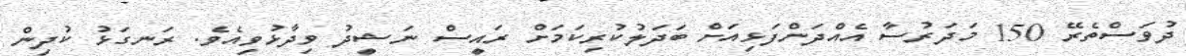
ދުވަސްތެރޭ 150 މަދަރުސާ އެއްދަންފަޅިއަށް ބަދަލުކުރިކަމަށް ރައީސް ނަޝީދު ވިދާޅުވިއެވެ. ރަނގަޅު ކުދިން